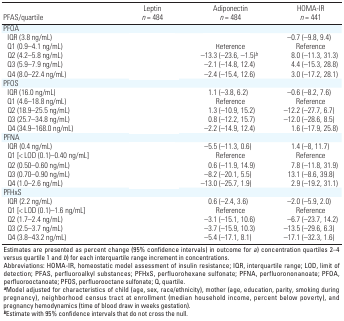
<table><thead><tr><td><b>PFAS/quartile</b></td><td><b>Leptin <i>n </i>= 484</b></td><td><b>Adiponectin <i>n </i>= 484</b></td><td><b>HOMA-IR <i>n </i>= 441</b></td></tr></thead><tbody><tr><td><b>PFOA</b></td></tr><tr><td><b>IQR (3.8 ng/mL)</b></td><td>[EMPTY_CELL]</td><td>[EMPTY_CELL]</td><td>–0.7 (–9.8, 9.4)</td></tr><tr><td><b>Q1 (0.9–4.1 ng/mL)</b></td><td>[EMPTY_CELL]</td><td>Reference</td><td>Reference</td></tr><tr><td><b>Q2 (4.2–5.8 ng/mL)</b></td><td>[EMPTY_CELL]</td><td>–13.3 (–23.6, –1.5)<sup><i>b</i></sup></td><td>8.0 (–11.3, 31.3)</td></tr><tr><td><b>Q3 (5.9–7.9 ng/mL)</b></td><td>[EMPTY_CELL]</td><td>–2.1 (–14.8, 12.4)</td><td>4.4 (–15.3, 28.8)</td></tr><tr><td><b>Q4 (8.0–22.4 ng/mL)</b></td><td>[EMPTY_CELL]</td><td>–2.4 (–15.4, 12.6)</td><td>3.0 (–17.2, 28.1)</td></tr><tr><td><b>PFOS</b></td></tr><tr><td><b>IQR (16.0 ng/mL)</b></td><td>[EMPTY_CELL]</td><td>1.1 (–3.8, 6.2)</td><td>–0.6 (–8.2, 7.6)</td></tr><tr><td><b>Q1 (4.6–18.8 ng/mL)</b></td><td>[EMPTY_CELL]</td><td>Reference</td><td>Reference</td></tr><tr><td><b>Q2 (18.9–25.5 ng/mL)</b></td><td>[EMPTY_CELL]</td><td>1.3 (–10.9, 15.2)</td><td>–12.2 (–27.7, 6.7)</td></tr><tr><td><b>Q3 (25.7–34.8 ng/mL)</b></td><td>[EMPTY_CELL]</td><td>0.8 (–12.2, 15.7)</td><td>–12.0 (–28.6, 8.5)</td></tr><tr><td><b>Q4 (34.9–168.0 ng/mL)</b></td><td>[EMPTY_CELL]</td><td>–2.2 (–14.9, 12.4)</td><td>1.6 (–17.9, 25.8)</td></tr><tr><td><b>PFNA</b></td></tr><tr><td><b>IQR (0.4 ng/mL)</b></td><td>[EMPTY_CELL]</td><td>–5.5 (–11.3, 0.6)</td><td>1.4 (–8, 11.7)</td></tr><tr><td><b>Q1 [&lt; LOD (0.1)–0.40 ng/mL]</b></td><td>[EMPTY_CELL]</td><td>Reference</td><td>Reference</td></tr><tr><td><b>Q2 (0.50–0.60 ng/mL)</b></td><td>[EMPTY_CELL]</td><td>0.6 (–11.9, 14.9)</td><td>7.8 (–11.8, 31.9)</td></tr><tr><td><b>Q3 (0.70–0.90 ng/mL)</b></td><td>[EMPTY_CELL]</td><td>–8.2 (–20.1, 5.5)</td><td>13.1 (–8.6, 39.8)</td></tr><tr><td><b>Q4 (1.0–2.6 ng/mL)</b></td><td>[EMPTY_CELL]</td><td>–13.0 (–25.7, 1.9)</td><td>2.9 (–19.2, 31.1)</td></tr><tr><td><b>PFHxS</b></td></tr><tr><td><b>IQR (2.2 ng/mL)</b></td><td>[EMPTY_CELL]</td><td>0.6 (–2.4, 3.6)</td><td>–2.0 (–5.9, 2.0)</td></tr><tr><td><b>Q1 [&lt; LOD (0.1)–1.6 ng/mL]</b></td><td>[EMPTY_CELL]</td><td>Reference</td><td>Reference</td></tr><tr><td><b>Q2 (1.7–2.4 ng/mL)</b></td><td>[EMPTY_CELL]</td><td>–3.1 (–15.1, 10.6)</td><td>–6.7 (–23.7, 14.2)</td></tr><tr><td><b>Q3 (2.5–3.7 ng/mL)</b></td><td>[EMPTY_CELL]</td><td>–3.7 (–15.9, 10.3)</td><td>–13.5 (–29.6, 6.3)</td></tr><tr><td><b>Q4 (3.8–43.2 ng/mL)</b></td><td>[EMPTY_CELL]</td><td>–5.4 (–17.1, 8.1)</td><td>–17.1 (–32.3, 1.6)</td></tr><tr><td colspan="4">Estimates are presented as percent change (95% confidence intervals) in outcome for <i>a</i>) concentration quartiles 2–4 versus quartile 1 and <i>b</i>) for each interquartile range increment in concentrations. Abbreviations: HOMA-IR, homeostatic model assessment of insulin resistance; IQR, interquartile range; LOD, limit of detection; PFAS, perfluoroalkyl substances; PFHxS, perfluorohexane sulfonate; PFNA, perfluorononanoate; PFOA, perfluorooctanoate; PFOS, perfluorooctane sulfonate; Q, quartile. <sup><i><b>a</b></i></sup>Model adjusted for characteristics of child (age, sex, race/ethnicity), mother (age, education, parity, smoking during pregnancy), neighborhood census tract at enrollment (median household income, percent below poverty), and pregnancy hemodynamics (time of blood draw in weeks gestation). <sup><i><b>b</b></i></sup>Estimate with 95% confidence intervals that do not cross the null.</td></tr></tbody></table>